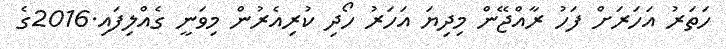
ހަތަރު އަހަރަށް ފަހު ރާއްޖޭން މިދިޔަ އަހަރު ހޯދި ކުރިއެރުން މިވަނީ ގެއްލިފައި.2016ގެ